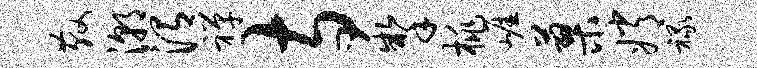
散潮渭禅寺掣桃崖蓼嫦禄